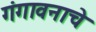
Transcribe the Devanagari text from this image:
गंगावनाचे